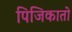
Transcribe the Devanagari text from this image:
पिजिकातो